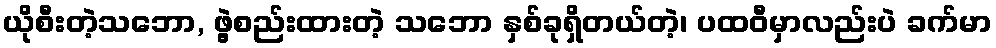
ယိုစီးတဲ့သဘော, ဖွဲ့စည်းထားတဲ့ သဘော နှစ်ခုရှိတယ်တဲ့၊ ပထဝီမှာလည်းပဲ ခက်မာ